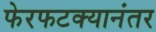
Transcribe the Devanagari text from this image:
फेरफटक्यानंतर